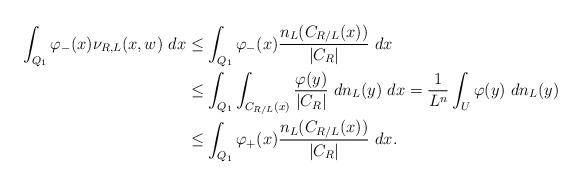
LaTeX: \begin{align*}\int_{Q_1} \varphi_{-}(x) \nu_{R,L}(x,w) \ dx &\leq \int_{Q_1} \varphi_{-}(x) \frac{n_L(C_{R/L}(x))}{|C_R|} \ dx\\&\leq \int_{Q_1} \int_{C_{R/L}(x)} \frac{\varphi(y)}{|C_R|} \ dn_L(y) \ dx=\frac{1}{L^n} \int_U \varphi(y) \ dn_L(y)\\&\leq \int_{Q_1} \varphi_{+}(x) \frac{n_L(C_{R/L}(x))}{|C_R|} \ dx.\end{align*}